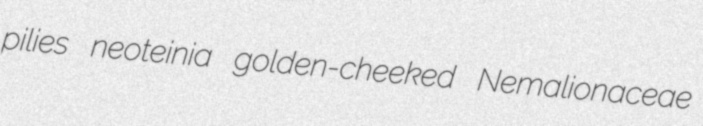
pilies neoteinia golden-cheeked Nemalionaceae